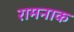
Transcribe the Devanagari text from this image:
रामनाक